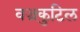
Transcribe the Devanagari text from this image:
वज्रकुटिल